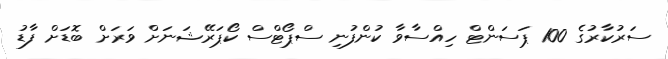
ސަރުކާރުގެ 100 ޕަސަންޓް ހިއްސާވާ ކުންފުނި ސްޕޯޓްސް ކޯޕަރޭޝަނަށް ވަރަށް ބޮޑަށް ފާޑު